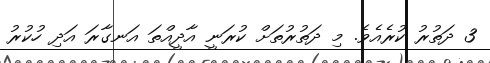
3 ދަތުރު ކުރެއެވެ. މި ދަތުރުތަށް ކުރަނީ އާދީއްތަ އަނގާރަ އަދި ހުކުރު